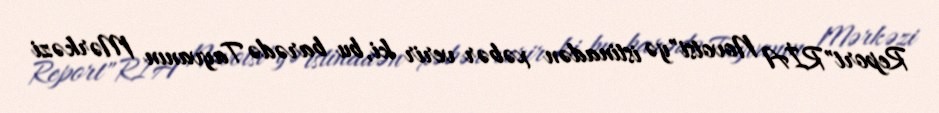
Report"RİA Novotsi"yə istinadən xəbər verir ki, bu barədə Tayvanın Mərkəzi